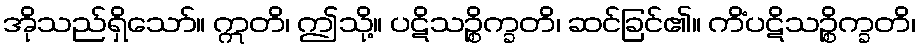
အိုသည်ရှိသော်။ ဣတိ၊ ဤသို့။ ပဋိသဉ္စိက္ခတိ၊ ဆင်ခြင်၏။ ကိံပဋိသဉ္စိက္ခတိ၊